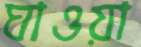
ঘাওয়া